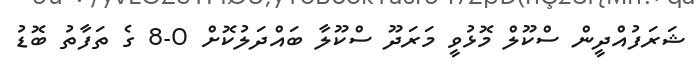
ޝަރަފުއްދީން ސްކޫލް މޮޅުވީ މަރަދޫ ސްކޫލާ ބައްދަލުކޮށް 0-8 ގެ ތަފާތު ބޮޑު